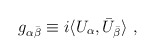
\begin{align*} g_{\alpha\bar\beta}\equiv i\langle U_{\alpha},\bar U_{\bar\beta}\rangle \ ,\end{align*}